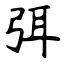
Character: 弭